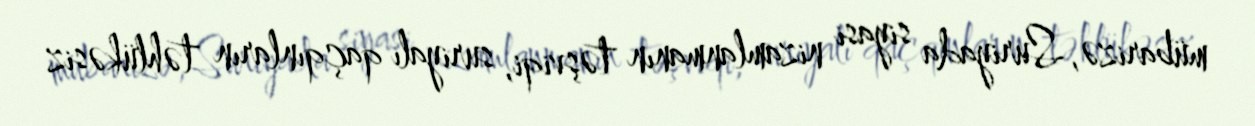
mübarizə, Suriyada siyasi nizamlanmanın təşviqi, suriyalı qaçqınların təhlükəsiz